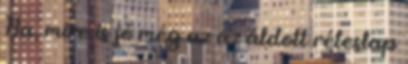
Na, mire is jó még az az áldott réteslap